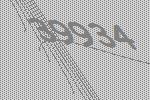
39934